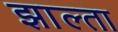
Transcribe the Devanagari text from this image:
झाल्ता